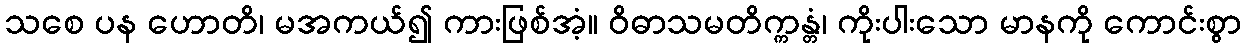
သစေ ပန ဟောတိ၊ မအကယ်၍ ကားဖြစ်အံ့။ ဝိဓာသမတိက္ကန္တံ၊ ကိုးပါးသော မာနကို ကောင်းစွာ